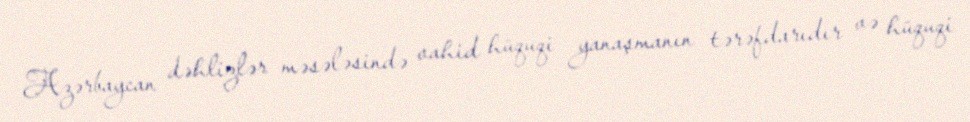
Azərbaycan dəhlizlər məsələsində vahid hüquqi yanaşmanın tərəfdarıdır və hüquqi